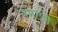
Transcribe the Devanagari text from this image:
नमटने